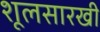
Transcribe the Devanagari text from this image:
शूलसारखी